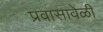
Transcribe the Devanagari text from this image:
प्रवासावेळी